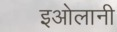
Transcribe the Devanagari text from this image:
इओलानी